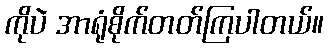
ကိုပဲ အာရုံစိုက်တတ်ကြပါတယ်။